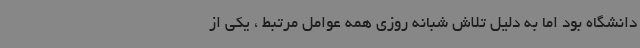
دانشگاه بود اما به دلیل تلاش شبانه روزی همه عوامل مرتبط ، یکی از